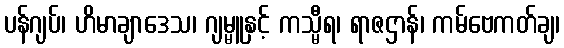
ပန်ဂျပ်၊ ဟိမာချာဒေသ၊ ဂျမ္မူနှင့် ကသ္မီရ၊ ရာဇဌာန်၊ ကမ်ဗေကတ်ချ၊